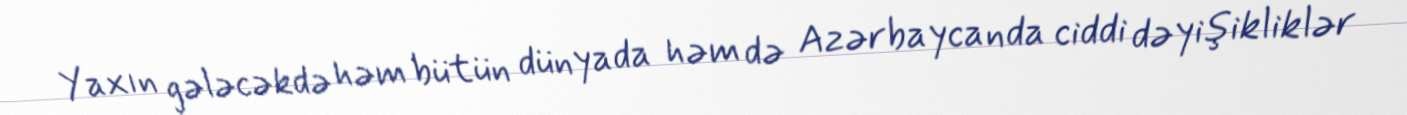
Yaxın gələcəkdə həm bütün dünyada həm də Azərbaycanda ciddi dəyişikliklər